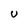
Character: U